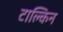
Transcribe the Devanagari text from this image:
टाल्किन